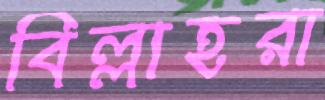
বিল্লাহরা